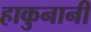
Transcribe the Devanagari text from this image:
हाकुनानी